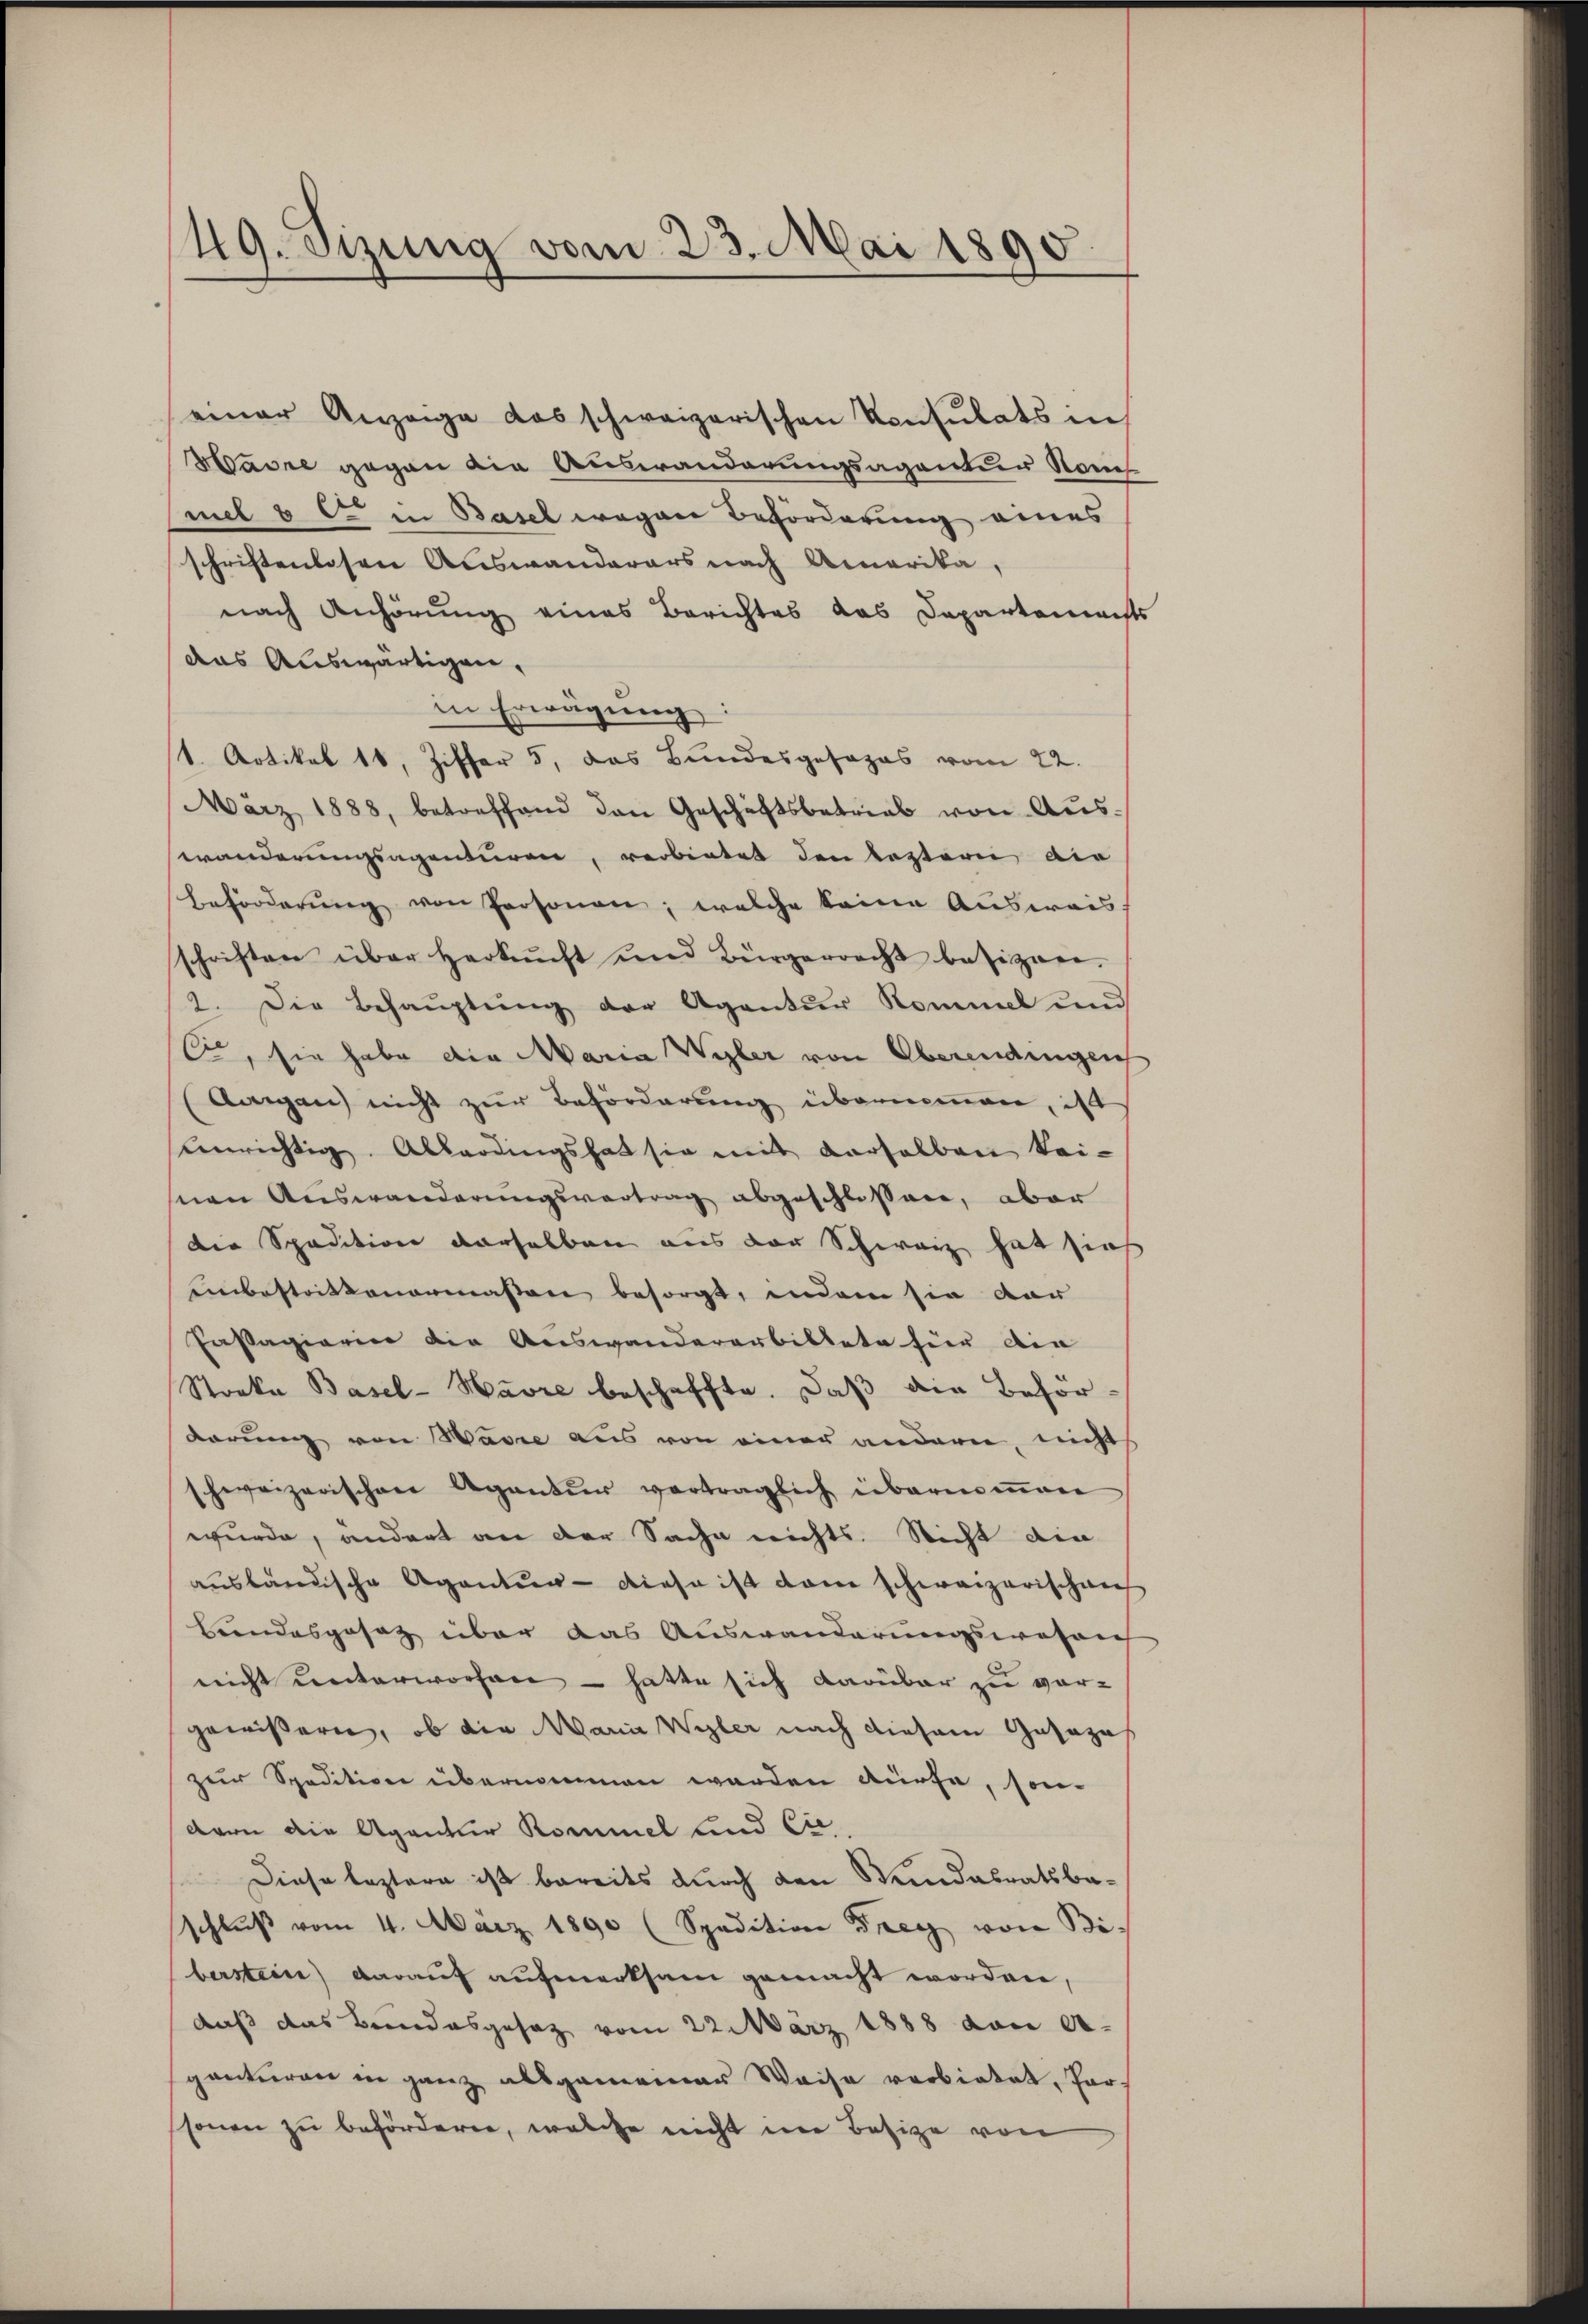
49. Sizung vom 23. Mai 1890

einer Anzeige das schweizerischen Konsulats in
Maire gegen die Auswanderungsagentur Nouch
mel 6 l. in Basel wegen Beförderung eines
schriftenlosen Auswanderars nach Amerika,
nach Anhörung eines Berichtes das Departamachts
das Auswärtigen,
in Erwägŭng:
t. Artikel 18, Ziffer 5, das Bundesgesezes vom 22.
März 1888, betreffend den Geschäftsbetrieb von Aŭs-
wanderungsagenturen, verbietet den leztern die
Beförderŭng von Personen, welche keine Ausweis
schriften über Herkunft und Bürgerrecht besizeer.
2. Die Behauptung der Agentur Kommel und
, sie habe die Maria Wyler von Oberendungen
Aargau nicht zur Beförderung übernommen, ist
enrichtig. Allerdings hat sie mit derselben keinen Auswanderungsvertrag abgeschlossen, aber
die Spedition derselben aus der Schweiz hat sies
einbestrittenermassen besorgt, indem sie dar
Passagiarier die Auswandererbittete für die
Stocke Basel-Havre beschaffte. Daß die Behör-
Karung von Warre aus von einer andern, nicht
schweizerischen Agentur vertraglich übernoṁen
wurde, andert an der Sache nichts. Nicht die
ausländische Agention - diese ist dann schweizerischen
Brandesgesetz über das Auswanderungswesen
nicht unterworfen - hatte sich darüber zu vorgewissern, ob die Maria Wyler nach diesem Gesezes
zur Spedition übernommen werden dürfe, son
dern die Agentuer Kommel und Cie
Diese leztere ist bereits durch den Wundesratsbaschlŭβ vom 4. März 1890 (Spadition Frey von Bi
berstein) darauf aufmerksam gemacht worden,
daß das Bundesgesetz vom 22. März 1888 von er-
gantiren in ganz allgemeiner Waise verbietet, Par-
sonen zu beförderne, welche nicht in Besitze von